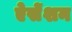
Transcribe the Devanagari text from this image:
ऐसेंशन